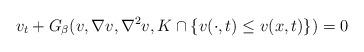
LaTeX: \begin{align*}v_t+ G_\beta(v, \nabla v, \nabla^2 v, K\cap \{v(\cdot, t)\leq v(x, t)\})=0\end{align*}